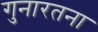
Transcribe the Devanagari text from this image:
गुनारतना